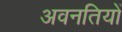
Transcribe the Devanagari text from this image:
अवनतियों